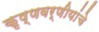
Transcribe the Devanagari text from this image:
कृष्णवर्णीयांचे